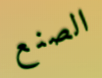
الصنع